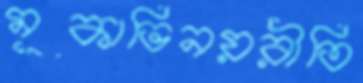
মূকাভিনয়রীতি